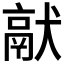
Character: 𤡎